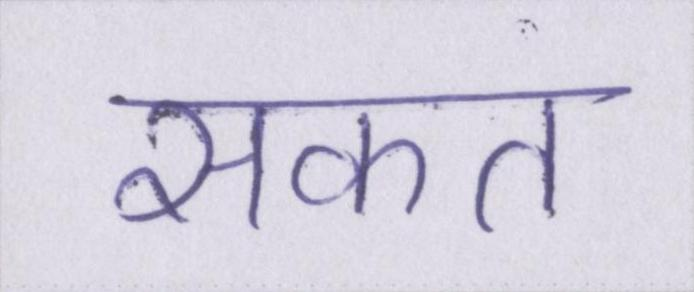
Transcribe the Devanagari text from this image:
सकत